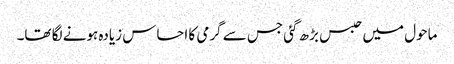
ماحول میں حبس بڑھ گئی جس سے گرمی کا احساس زیادہ ہونے لگا تھا۔